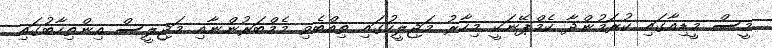
މީސް މީޑިއާގައި ކުރަމުންދާ ކެމްޕޭނަކީ މިހާރު މަޖިލީހުގައި ތިއްބެވި މެމްބަރުންނާއި މަޖިލީސް އިންތިހާބުގައި